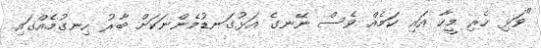
"ވަޅި ހެރި މީހާ އައި ކަމެއް ވެސް ނޭނގެ އަޅުގަނޑުމެންނަކަށް ބާރު ހިނގުމެއްގައި